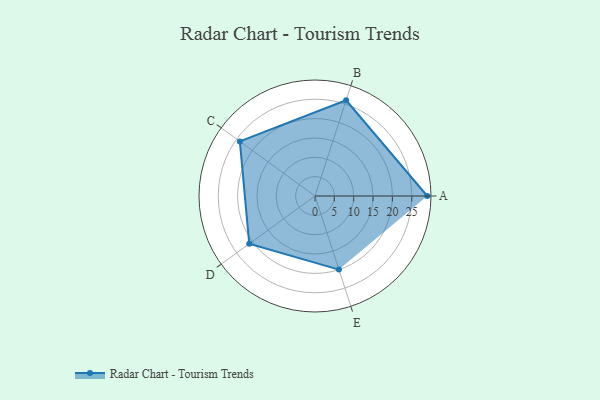
{"axis": {"x": "Skill", "y": "Score"}, "legend": ["Profile"], "data": [{"x": "A", "y": 29.0, "type": "Profile"}, {"x": "B", "y": 26.0, "type": "Profile"}, {"x": "C", "y": 24.0, "type": "Profile"}, {"x": "D", "y": 21.0, "type": "Profile"}, {"x": "E", "y": 20.0, "type": "Profile"}]}